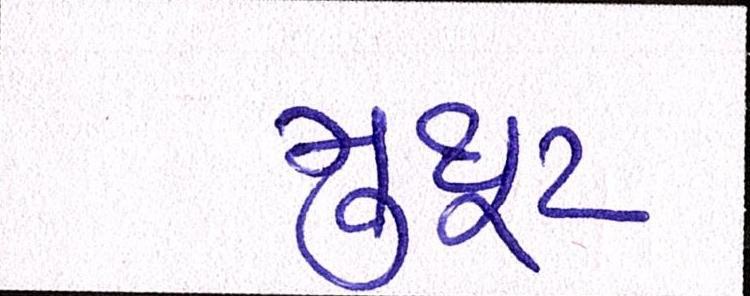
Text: મુથૂટ